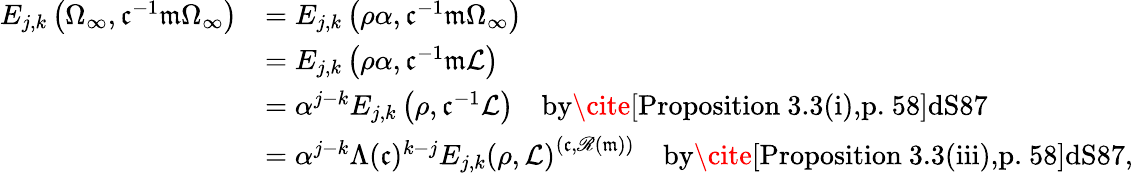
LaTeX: \begin{array}{rl}{E_{j,k}\left(\Omega_{\infty},\mathfrak c^{-1}\mathfrak m\Omega_{\infty}\right)}&{=E_{j,k}\left(\rho\alpha,\mathfrak c^{-1}\mathfrak m\Omega_{\infty}\right)}\\ &{=E_{j,k}\left(\rho\alpha,\mathfrak c^{-1}\mathfrak m\mathcal{L}\right)}\\ &{=\alpha^{j-k}E_{j,k}\left(\rho,\mathfrak c^{-1}\mathcal{L}\right)\quad\textrm{by\cite[Proposition~3.3(i),p.~58]{dS87}}}\\ &{=\alpha^{j-k}\Lambda(\mathfrak c)^{k-j}E_{j,k}\left(\rho,\mathcal{L}\right)^{(\mathfrak c,\mathscr{R}(\mathfrak m))}\quad\textrm{by\cite[Proposition~3.3(iii),p.~58]{dS87}},}\end{array}